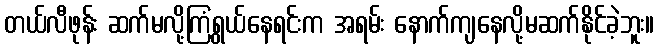
တယ်လီဖုန်း ဆက်မလို့ကြံရွယ်နေရင်းက အရမ်း နောက်ကျနေလို့မဆက်နိုင်ခဲ့ဘူး။